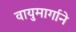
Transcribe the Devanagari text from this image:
वायुमार्गाने